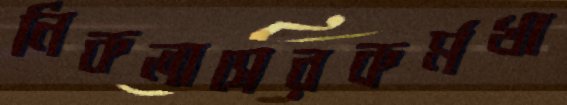
নিকলাসেরকর্মখা